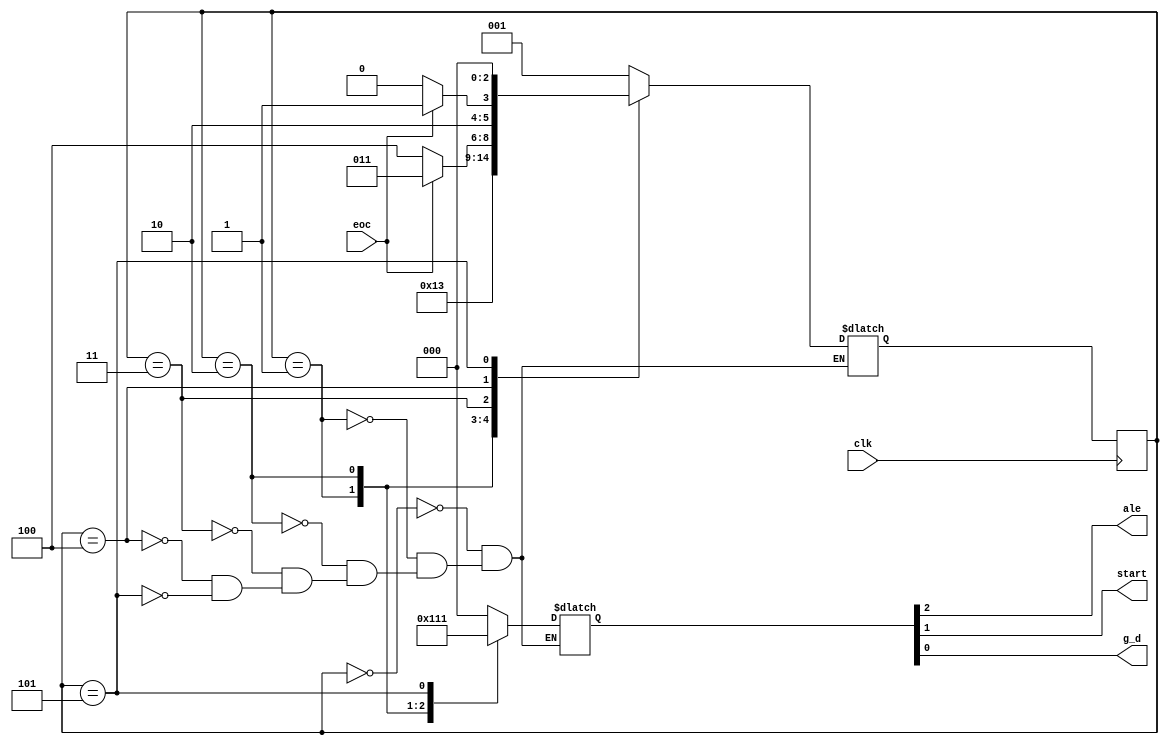
module ADctrl(eoc,clk,ale,start,g_d);
input eoc,clk;
output ale,start,g_d;
reg[2:0]ADctr;
reg[2:0]cs,ns;

always @(posedge clk)
 cs<=ns;
 
assign ale=ADctr[2];
assign start=ADctr[1];
assign g_d=ADctr[0];

always@(cs)
case(cs)
3'd0:ADctr<=3'b000;// ale,start,g_d
3'd1:ADctr<=3'b100;
3'd2:ADctr<=3'b010;
3'd3:ADctr<=3'b000;
3'd4:ADctr<=3'b000;
3'd5:ADctr<=3'b001;
endcase

always@(*)
case(cs)
3'd0:ns=3'd1;
3'd1:ns=3'd2;//change state
3'd2:ns=3'd3;
3'd3:ns=(eoc)?3'd3:3'd4;
3'd4:ns=(eoc)?3'd5:3'd4;
3'd5:ns=3'd0;
endcase
endmodule